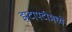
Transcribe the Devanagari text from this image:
झटापटींमध्ये